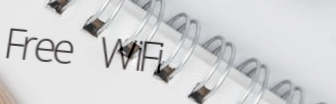
Free WiFi